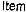
ITEM